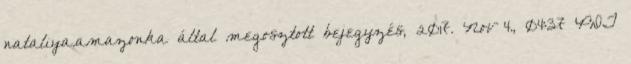
nataliya.amazonka által megosztott bejegyzés, 2017. Nov 4., 04:37 PDT